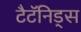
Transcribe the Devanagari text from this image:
टैटॅनिड्स